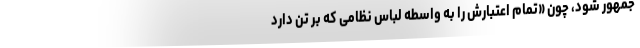
جمهور شود، چون «تمام اعتبارش را به واسطه لباس نظامی که بر تن دارد